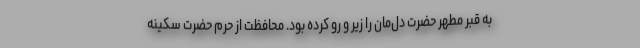
به قبر مطهر حضرت دل‌مان را زیر و رو کرده بود. محافظت از حرم حضرت سکینه